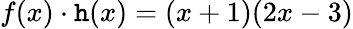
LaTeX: f(x)\cdot\mathtt{h}(x)=(x+1)(2x-3)